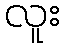
လူး